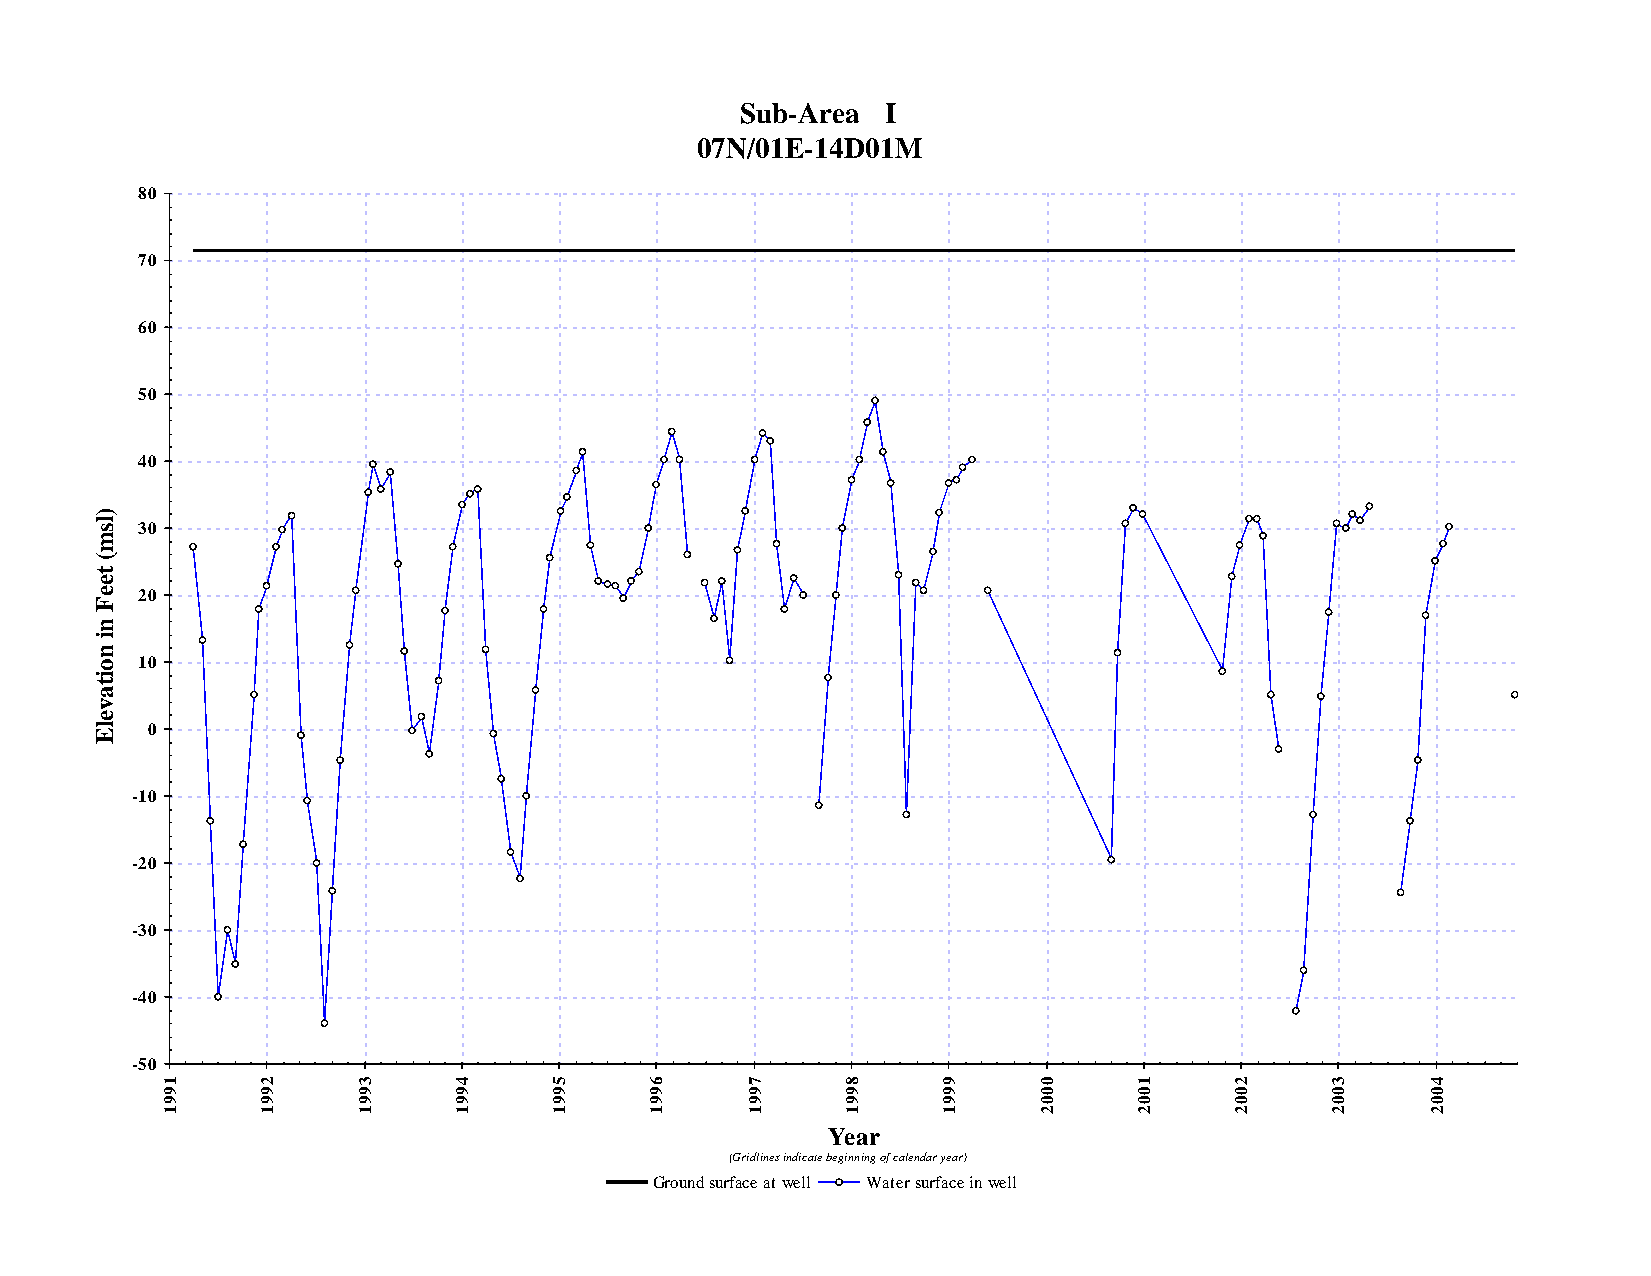
Sub-Area  I
 07N/01E-14D01M
 80
 70
 60
 50
 40
 )
 l s 30
 m
 (
 t
 e
 e  20
 F
 n
 i
 n
 o  10
 i
 t
 a
 v
 e
 l E 0
 -10
 -20
 -30
 -40
 -50
 1     2      3     4      5     6     7      8     9      0     1      2     3      4     5
 9     9      9     9      9     9     9      9     9      0     0      0     0      0     0
 9     9      9     9      9     9     9      9     9      0     0      0     0      0     0
 1     1      1     1      1     1     1      1     1      2     2      2     2      2     2
 Year
 (Gridlines indicate beginning of calendar year)
 Ground surface at well Water surface in well